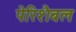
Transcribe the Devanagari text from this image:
पेरिशैबल